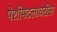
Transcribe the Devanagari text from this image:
पेशीपटलावरील